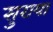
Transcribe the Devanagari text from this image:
सुराया